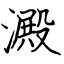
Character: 澱